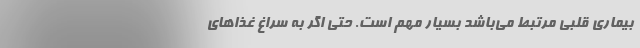
بیماری قلبی مرتبط می‌باشد بسیار مهم است. حتی اگر به سراغ غذا‌های